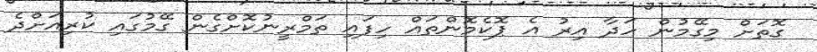
ގޮތަށް މިގޭމުން ހަދާ އިރު އެ ޕޮކެމޮންތައް ހިފައި ތަމްރީނުކޮށްގެން ގޭމުގައި ކުރިއަށްދެ